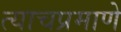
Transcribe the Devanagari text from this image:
त्‍याचप्रमाणे